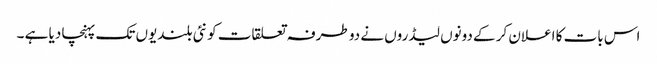
اس بات کا اعلان کر کے دونوں لیڈروں نے دو طرفہ تعلقات کو نئی بلندیوں تک پہنچا دیا ہے ۔